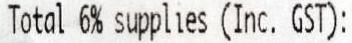
TOTAL 6% SUPPLIES (INC. GST):